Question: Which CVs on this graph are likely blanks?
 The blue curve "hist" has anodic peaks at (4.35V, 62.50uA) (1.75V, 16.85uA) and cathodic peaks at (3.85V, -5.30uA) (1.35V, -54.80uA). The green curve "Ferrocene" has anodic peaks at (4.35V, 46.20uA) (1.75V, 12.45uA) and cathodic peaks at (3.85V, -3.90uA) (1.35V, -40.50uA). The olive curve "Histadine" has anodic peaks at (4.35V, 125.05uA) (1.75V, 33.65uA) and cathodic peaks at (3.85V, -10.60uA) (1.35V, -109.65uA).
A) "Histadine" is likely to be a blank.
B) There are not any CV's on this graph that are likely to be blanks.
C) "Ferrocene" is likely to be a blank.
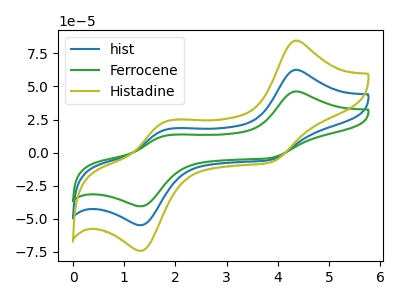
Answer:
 <answer>B) There are not any CV's on this graph that are likely to be blanks.</answer>
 <eval>B</eval>